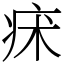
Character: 㾁